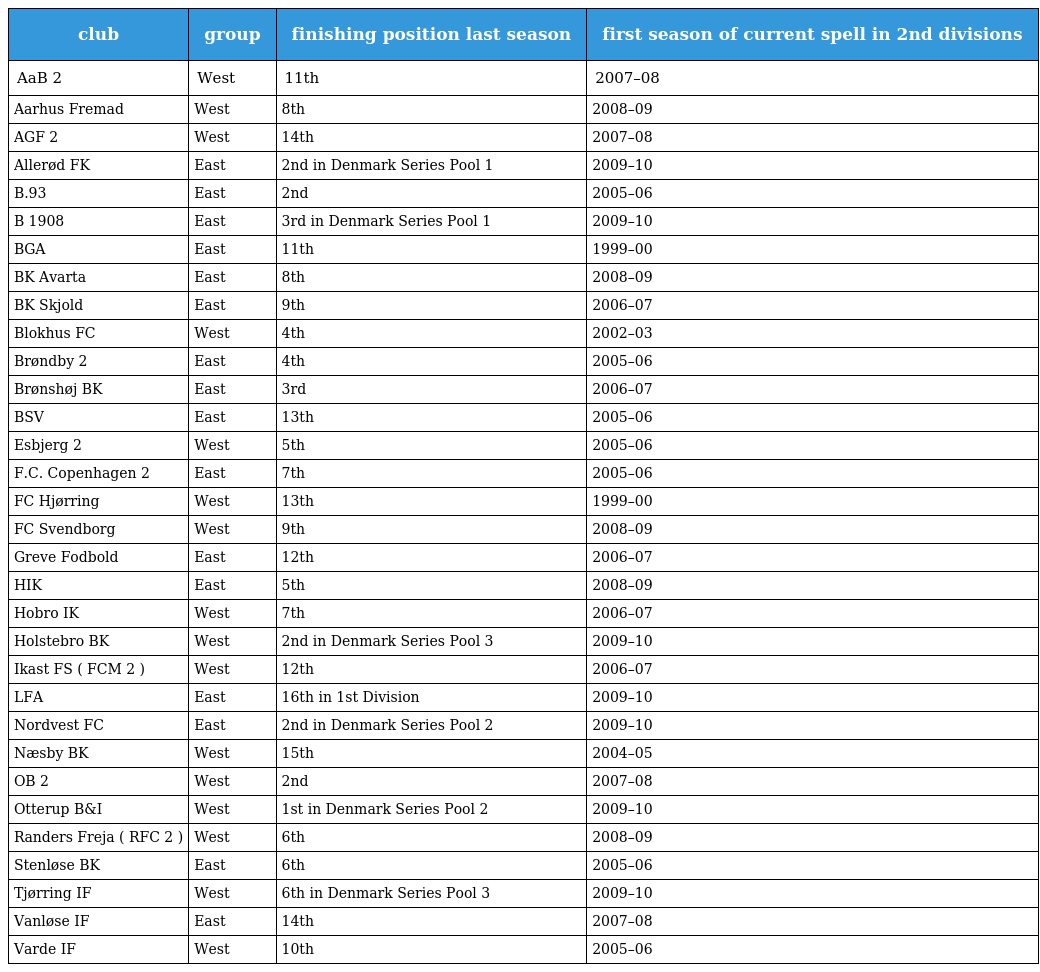
| club | group | finishing position last season | first season of current spell in 2nd divisions |
 | --- | --- | --- | --- |
 | AaB 2 | West | 11th | 2007–08 |
 | Aarhus Fremad | West | 8th | 2008–09 |
 | AGF 2 | West | 14th | 2007–08 |
 | Allerød FK | East | 2nd in Denmark Series Pool 1 | 2009–10 |
 | B.93 | East | 2nd | 2005–06 |
 | B 1908 | East | 3rd in Denmark Series Pool 1 | 2009–10 |
 | BGA | East | 11th | 1999–00 |
 | BK Avarta | East | 8th | 2008–09 |
 | BK Skjold | East | 9th | 2006–07 |
 | Blokhus FC | West | 4th | 2002–03 |
 | Brøndby 2 | East | 4th | 2005–06 |
 | Brønshøj BK | East | 3rd | 2006–07 |
 | BSV | East | 13th | 2005–06 |
 | Esbjerg 2 | West | 5th | 2005–06 |
 | F.C. Copenhagen 2 | East | 7th | 2005–06 |
 | FC Hjørring | West | 13th | 1999–00 |
 | FC Svendborg | West | 9th | 2008–09 |
 | Greve Fodbold | East | 12th | 2006–07 |
 | HIK | East | 5th | 2008–09 |
 | Hobro IK | West | 7th | 2006–07 |
 | Holstebro BK | West | 2nd in Denmark Series Pool 3 | 2009–10 |
 | Ikast FS ( FCM 2 ) | West | 12th | 2006–07 |
 | LFA | East | 16th in 1st Division | 2009–10 |
 | Nordvest FC | East | 2nd in Denmark Series Pool 2 | 2009–10 |
 | Næsby BK | West | 15th | 2004–05 |
 | OB 2 | West | 2nd | 2007–08 |
 | Otterup B&I | West | 1st in Denmark Series Pool 2 | 2009–10 |
 | Randers Freja ( RFC 2 ) | West | 6th | 2008–09 |
 | Stenløse BK | East | 6th | 2005–06 |
 | Tjørring IF | West | 6th in Denmark Series Pool 3 | 2009–10 |
 | Vanløse IF | East | 14th | 2007–08 |
 | Varde IF | West | 10th | 2005–06 |